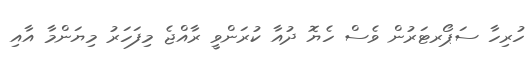
ހުރިހާ ސަޕޯރޓަރުން ވެސް ހެޔޮ ދުއާ ކުރަންވީ ރާއްޖެ މިފަހަރު މިޔަންމާ އާއި